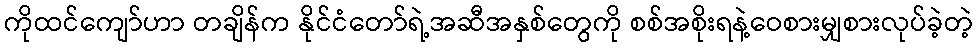
ကိုထင်ကျော်ဟာ တချိန်က နိုင်ငံတော်ရဲ့အဆီအနှစ်တွေကို စစ်အစိုးရနဲ့ဝေစားမျှစားလုပ်ခဲ့တဲ့